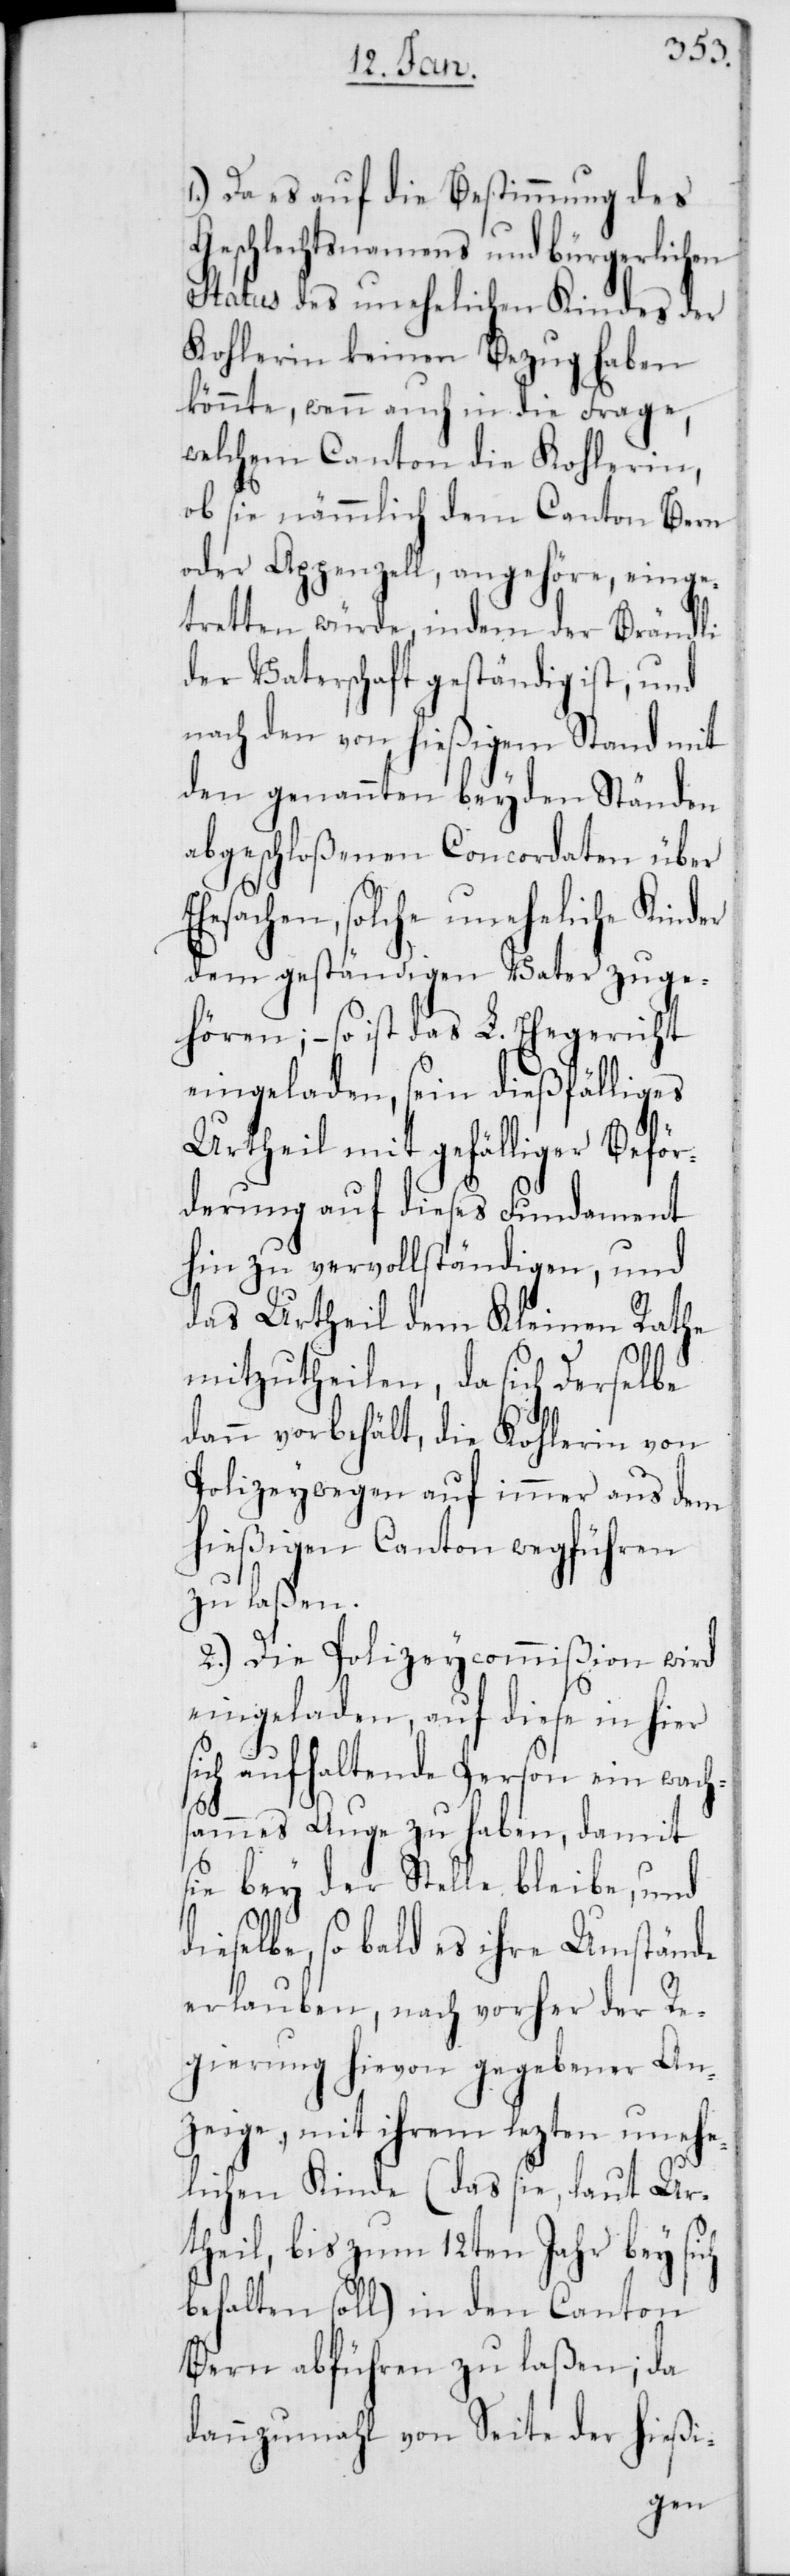
1.) Da es auf die Bestimmung des
Geschlechtsnamens und bürgerlichen
Status des unehelichen Kindes der
Kohlerin keinen Bezug haben
könnte, wenn auch in die Frage,
welchem Canton die Kohlerin,
ob sie nämmlich dem Canton Bern
oder Appenzell, angehöre, einge¬
tretten würde, indem der Brändli
der Vaterschaft geständig ist, und
nach den von hießigem Stand mit
den genannten beyden Ständen
abgeschloßenen Concordaten über
Ehesachen, solche uneheliche Kinder
dem geständigen Vater zuge¬
hören; – so ist das L. Ehegericht
eingeladen, sein dießfälliges
Urtheil mit gefälliger Beför¬
derung auf dieses Fundament
hin zu vervollständigen, und
das Urtheil dem Kleinen Rathe
mitzutheilen, da sich Derselbe
dann vorbehält, die Kohlerin von
Polizeywegen auf immer aus dem
hießigen Canton wegführen
zu laßen.
2.) Die Polizeycommißion wird
eingeladen, auf diese in hier
sich aufhaltende Person ein wach¬
sammes Auge zu haben, damit
sie bey der Stelle bleibe, und
dieselbe, so bald es ihre Umstände
erlauben, nach vorher der R¬
egierung hievon gegebener An¬
zeige, mit ihrem lezten unehe¬
lichen Kinde (das sie, laut Ur¬
theil, bis zum 12ten Jahr bey sich
behalten soll) in den Canton
Bern abführen zu laßen; da
dannzumahl von Seite der hießi-